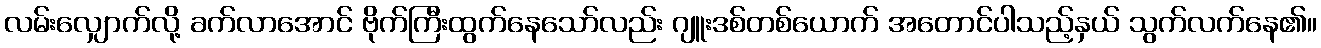
လမ်းလျှောက်လို့ ခက်လာအောင် ဗိုက်ကြီးထွက်နေသော်လည်း ဂျူးဒစ်တစ်ယောက် အတောင်ပါသည့်နှယ် သွက်လက်နေ၏။